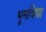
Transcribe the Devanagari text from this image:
भूमविद्या